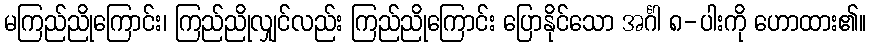
မကြည်ညိုကြောင်း၊ ကြည်ညိုလျှင်လည်း ကြည်ညိုကြောင်း ပြောနိုင်သော အင်္ဂါ ၈-ပါးကို ဟောထား၏။